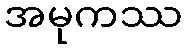
အမုကဿ